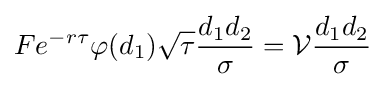
Fe^{-r\tau }\varphi (d_{1}){\sqrt {\tau }}{\frac {d_{1}d_{2}}{\sigma }}={\mathcal {V}}{\frac {d_{1}d_{2}}{\sigma }}